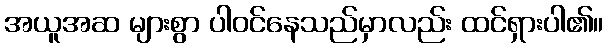
အယူအဆ များစွာ ပါဝင်နေသည်မှာလည်း ထင်ရှားပါ၏။